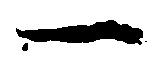
一